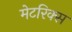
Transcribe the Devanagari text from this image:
मेटरिक्स